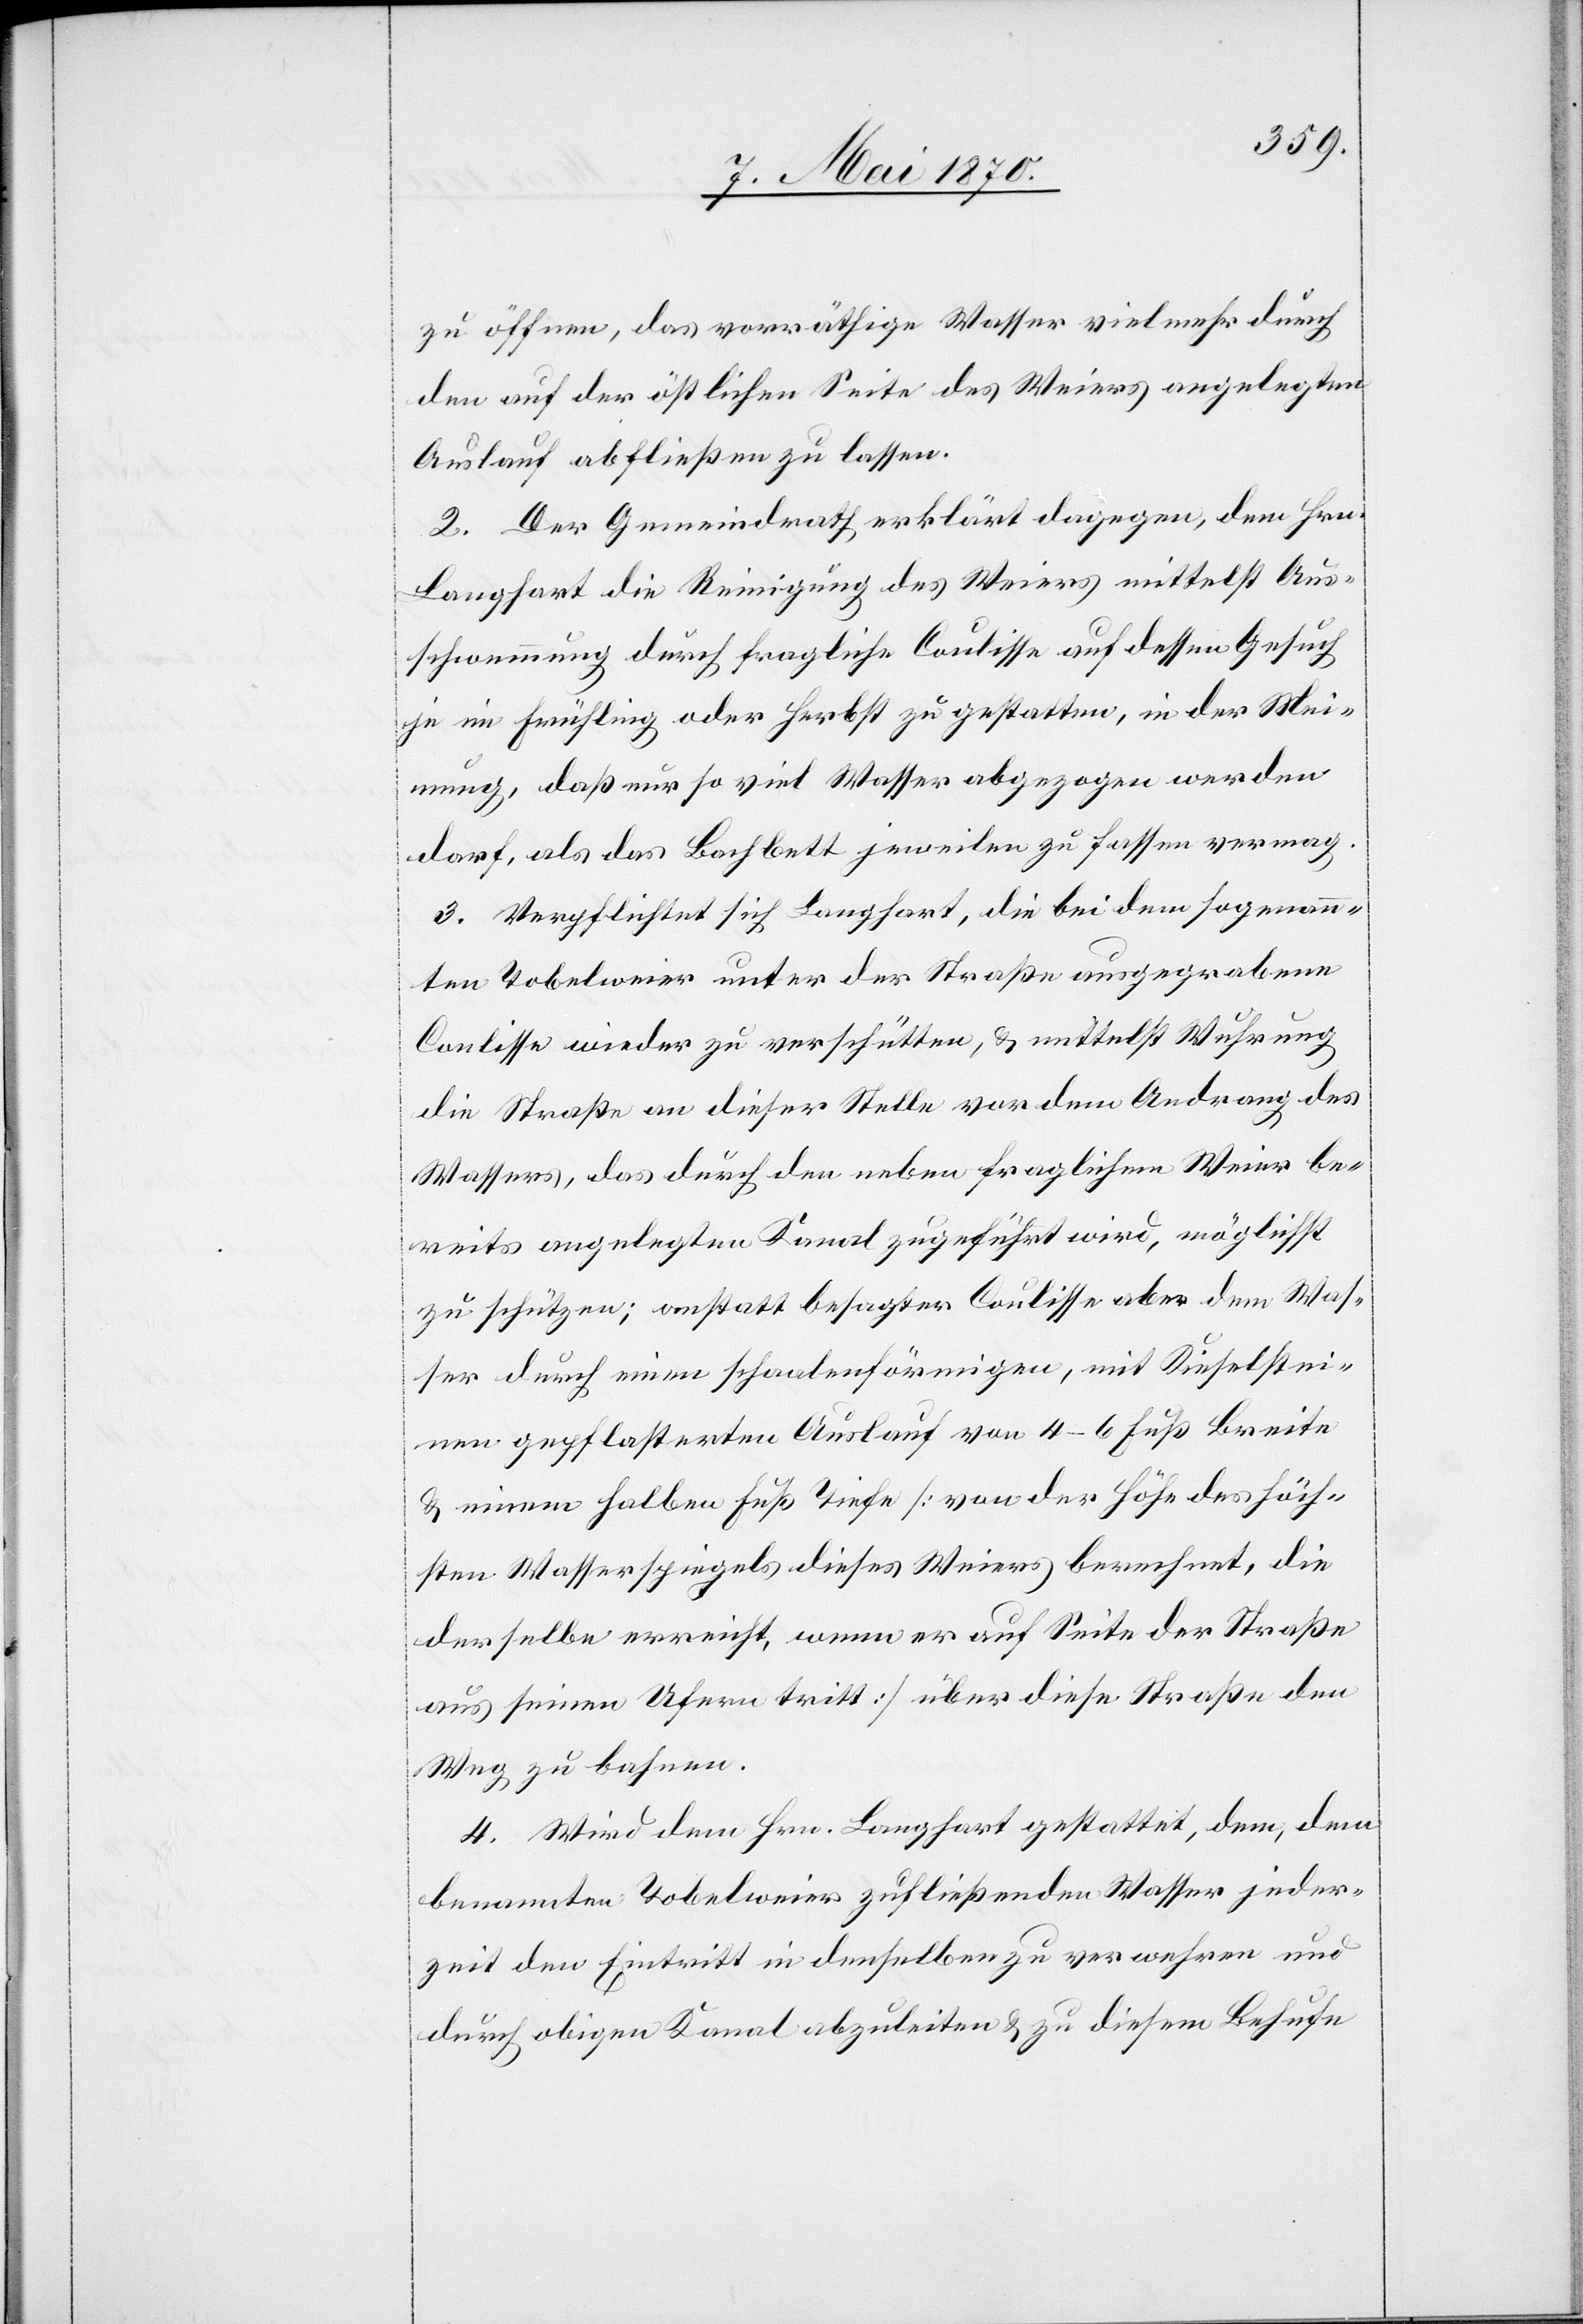
zu öffnen, das vorräthige Wasser vielmehr durch
den auf der östlichen Seite des Weiers angelegten
Auslauf abfließen zu lassen.
2. Der Gemeindrath erklärt dagegen, dem Hrn.
Langhart die Reinigung des Weiers mittelst Aus¬
schwemmung durch fragliche Coulisse auf dessen Gesuch
je im Frühling oder Herbst zu gestatten, in der Mei¬
nung, daß nur so viel Wasser abgezogen werden
darf, als das Bachbett jeweilen zu fassen vermag.
3. Verpflichtet sich Langhart, die bei dem sogenann¬
ten Tobelweier unter der Straße ausgegrabene
Coulisse wieder zu verschütten, & mittelst Wuhrung
die Straße an dieser Stelle vor dem Andrang des
Wassers, das durch den neben fraglichem Weier be¬
reits angelegten Kanal zugeführt wird, möglichst
zu schützen; anstatt besagter Coulisse aber dem Was¬
ser durch einen schaalenförmigen, mit Kieselstei¬
nen gepflasterten Auslauf von 4–6 Fuß Breite
& einem halben Fuß Tiefe [von der Höhe des höch¬
sten Wasserspiegels dieses Weiers berechnet, die
derselbe erreicht, wenn er auf Seite der Straße
aus seinen Ufern tritt] über diese Straße den
Weg zu bahnen.
4. Wird dem Hrn. Langhart gestattet, dem, dem
benannten Tobelweier zufließenden Wasser jeder¬
zeit den Eintritt in denselben zu verwehren und
durch obigen Kanal abzuleiten & zu diesem Behufe